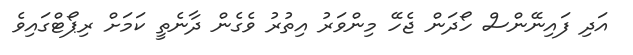
އަދި ފައިނޭންސް ހޯދަން ޖެހޭ މިންވަރު އިތުރު ވެގެން ދާނެތީ ކަމަށް ރިޕޯޓްގައިވެ